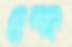
ওল্ফ